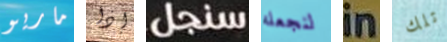
ماريو إذا سنجل لنجعله in تلك